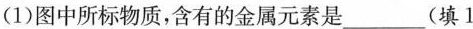
(1)图中所标物质，含有的金属元素是___(填1